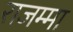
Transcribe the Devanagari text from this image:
राजम्मा